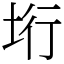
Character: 垳